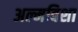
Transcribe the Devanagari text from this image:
अल्मविशा